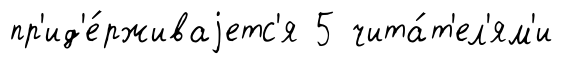
пр'ид'е́рживаjетс'я 5 чита́т'ел'ям'и